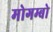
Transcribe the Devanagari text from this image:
मोगम्बो